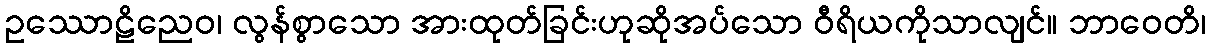
ဥဿောဠိညေဝ၊ လွန်စွာသော အားထုတ်ခြင်းဟုဆိုအပ်သော ဝီရိယကိုသာလျင်။ ဘာဝေတိ၊